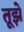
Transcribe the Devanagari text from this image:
तूझे